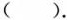
( ).